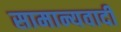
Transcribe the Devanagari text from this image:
सामान्यवादी